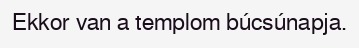
Ekkor van a templom búcsúnapja.